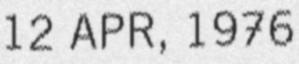
12 APR, 1976